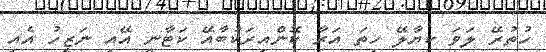
ހުތުރޭ ލަވަ ކިޔާލޭ ހިތަ އަރާ ކޮންއިރަކުބާާއޭ ކަޓާނީ އޭއި ނަޒީހު އެއި